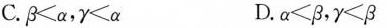
C. \beta ＜ \alpha，\gamma ＜ \alpha D. \alpha ＜ \beta，\gamma ＜ \beta